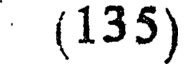
(135)